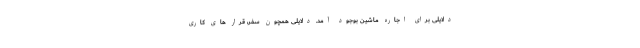
دلایلی برای اجاره ماشین بوجود آمد. دلایلی همچون سفر، قرار های کاری